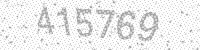
Solution: 415769